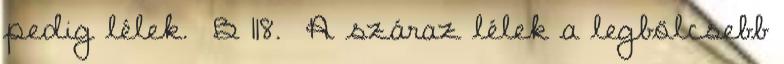
pedig lélek. B 118. A száraz lélek a legbölcsebb